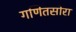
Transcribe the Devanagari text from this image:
गणितसोरा